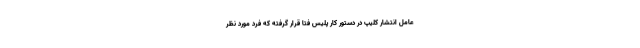
عامل انتشار کلیپ در دستور کار پلیس فتا قرار گرفته که فرد مورد نظر